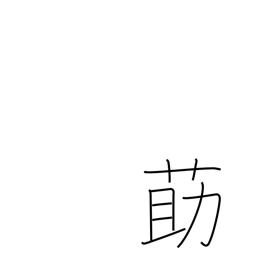
Meaning: Chinese matrimony vine